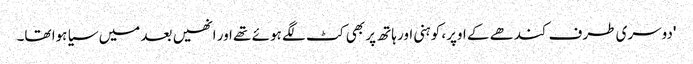
'دوسری طرف کندھے کے اوپر، کوہنی اور ہاتھ پر بھی کٹ لگے ہوئے تھے اور انھیں بعد میں سیا ہوا تھا۔